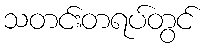
သတင်းတရပ်တွင်